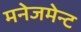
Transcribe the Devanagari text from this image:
मनेजमेन्ट